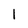
Character: 1